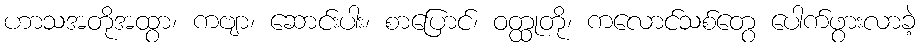
ဟာသအတိုအထွာ၊ ကဗျာ၊ ဆောင်းပါး၊ စာပြောင်၊ ဝတ္ထုတို၊ ကလောင်သစ်တွေ ပေါက်ဖွားလာခဲ့